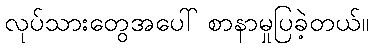
လုပ်သားတွေအပေါ် စာနာမှုပြခဲ့တယ်။